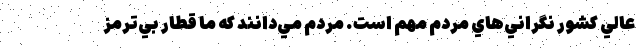
عالي كشور نگراني‌هاي مردم مهم است. مردم مي‌دانند كه ما قطار بي‌ترمز